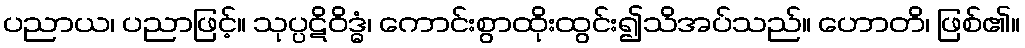
ပညာယ၊ ပညာဖြင့်။ သုပ္ပဋိဝိဒ္ဓံ၊ ကောင်းစွာထိုးထွင်း၍သိအပ်သည်။ ဟောတိ၊ ဖြစ်၏။